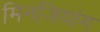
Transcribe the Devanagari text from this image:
मिनजियांग